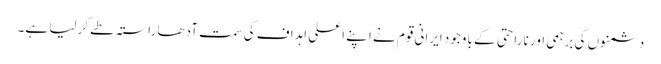
دشمنوں کی برہمی اور ناراحتی کے باوجود ایرانی قوم نے اپنے اعلی اہداف کی سمت آدھا راستہ طے کرلیا ہے۔